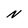
Character: N